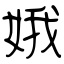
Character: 娥